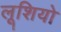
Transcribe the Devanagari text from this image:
लूशियो